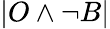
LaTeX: \vert O\land\neg B\vert